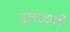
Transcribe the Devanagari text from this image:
इलराइली